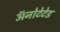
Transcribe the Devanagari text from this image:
ॲनोटेटेड